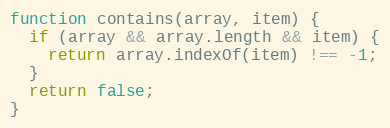
Language: JavaScript
function contains(array, item) {
  if (array && array.length && item) {
    return array.indexOf(item) !== -1;
  }
  return false;
}